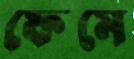
ফেমে